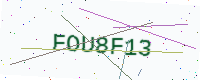
Text: FOU8F13